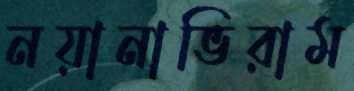
নয়ানাভিরাম